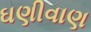
ઘણીવાણ